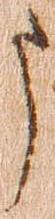
う